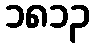
၁၈၁၃